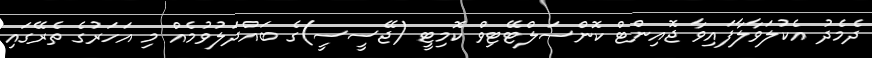
ދެމެދު އެކުލަވާލާފައިވާ ޖޮއިންޓް ކޮންސަލްޓޭޓިވް ކޮމިޓީ (ޖޭސީސީ)ގެ ބައްދަލުވުމެއް މި އަހަރުގެ ތެރޭގައި